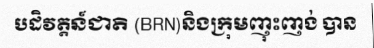
បដិវត្តន៍ជាតិ (BRN)និងក្រុមញុះញង់ បាន